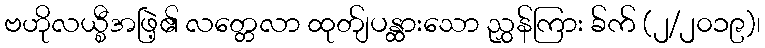
ဗဟိုလယ္စီအဖြဲ့၏ လတ္တေလာ ထုတ်ျပန္ထားသော ညွှန်ကြား ခ်က် (၂/၂၀၁၉)၊